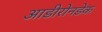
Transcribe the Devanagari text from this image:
आडीरोनडेक